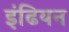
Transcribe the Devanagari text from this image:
इंढियन